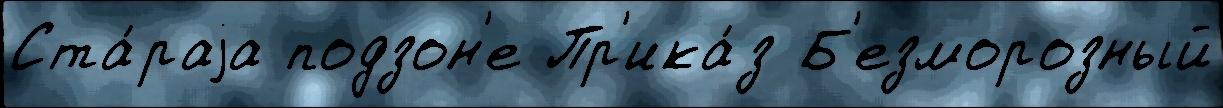
Ста́раjа подзон'е Пр'ика́з Б'езморозный